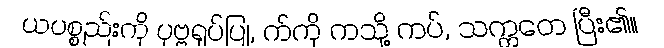
ယပစ္စည်းကို ပုဗ္ဗရုပ်ပြု, က်ကို ကသို့ ကပ်, သက္ကတေ ပြီး၏။